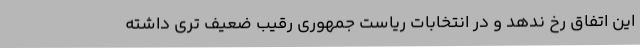
این اتفاق رخ ندهد و در انتخابات ریاست جمهوری رقیب ضعیف تری داشته